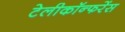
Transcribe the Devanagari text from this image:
टेलीकॉन्फरेंस